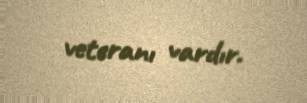
veteranı vardır.